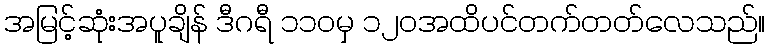
အမြင့်ဆုံးအပူချိန် ဒီဂရီ ၁၁၀မှ ၁၂၀အထိပင်တက်တတ်လေသည်။